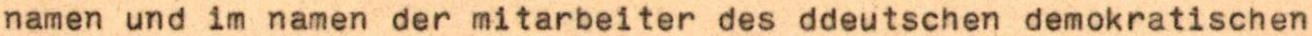
namen und im namen der mitarbeiter des ddeutschen demokratischer